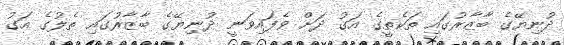
ދުނިޔޭގެ ބާޒާރުގައި ތަކެތީގެ އަގު ދަށް ވެފައިވަނީ ދުނިޔޭގެ ބާޒާރުގައި ތެލުގެ އަގު